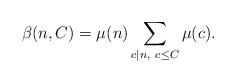
\begin{align*}\beta(n, C) = \mu(n)\sum_{c|n,\ c\leq C}\mu(c).\end{align*}